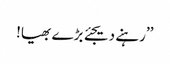
’’رہنے دیجئے بڑے بھیا!